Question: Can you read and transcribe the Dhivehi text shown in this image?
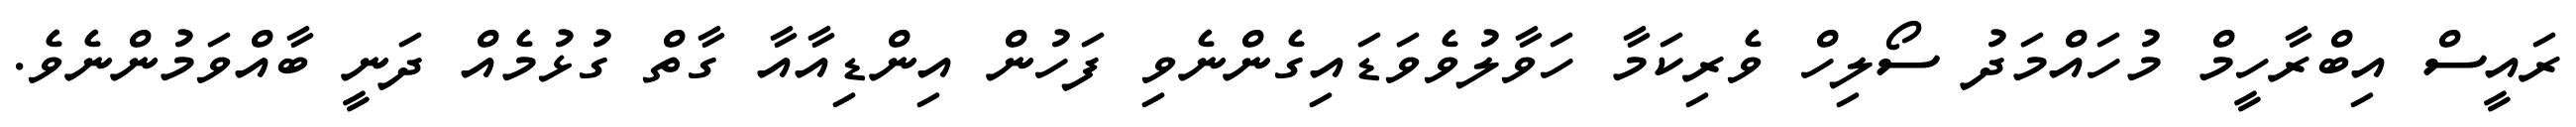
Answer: ރައީސް އިބްރާހީމް މުހައްމަދު ސޯލިހް ވެރިކަމާ ހަވާލުވެވަޑައިގެންނެވި ފަހުން އިންޑިއާއާ ގާތް ގުޅުމެއް ދަނީ ބާއްވަމުންނެވެ.